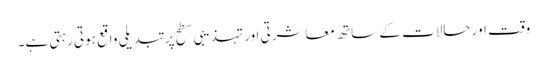
وقت اور حالات کے ساتھ معاشرتی اور تہذیبی سطح پر تبدیلی واقع ہوتی رہتی ہے۔